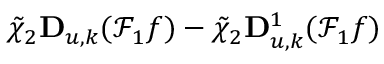
\tilde { \chi } _ { 2 } \mathbf { D } _ { u , k } ( \mathcal { F } _ { 1 } f ) - \tilde { \chi } _ { 2 } \mathbf { D } _ { u , k } ^ { 1 } ( \mathcal { F } _ { 1 } f )